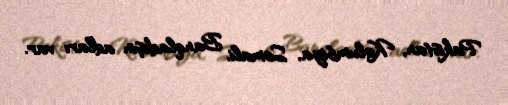
Pakistan, Kolumbiya, Somali, Banqladeşin adları var.